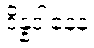
ဒိန္နဒါနေန